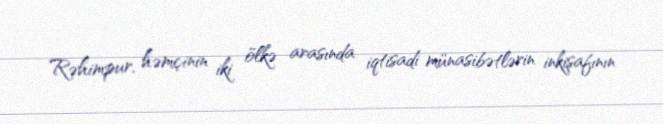
Rəhimpur, həmçinin iki ölkə arasında iqtisadi münasibətlərin inkişafının